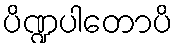
ပိဏ္ဍပါတောပိ